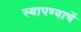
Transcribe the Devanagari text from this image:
स्थापण्याचें